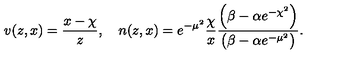
v ( z , x ) = \frac { x - \chi } { z } , \quad n ( z , x ) = e ^ { - \mu ^ { 2 } } \frac { \chi } { x } \frac { \left( \beta - \alpha e ^ { - \chi ^ { 2 } } \right) } { \left( \beta - \alpha e ^ { - \mu ^ { 2 } } \right) } .